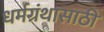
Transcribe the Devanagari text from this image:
धर्मग्रंथासाठी